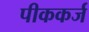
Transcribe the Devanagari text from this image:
पीककर्ज